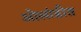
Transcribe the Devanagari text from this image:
ओलांडीत